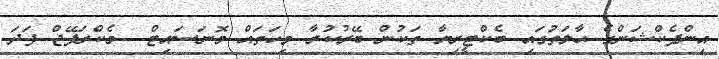
އިންފެކްޝަންގެ ޙާލަތުގައި ބެކްޓީރިޔާ ތަކުން ބޭރުކުރާ ވިހަތައް މޮނަސައިޓް  މެކްރަފޭޖް ފަދަ